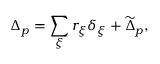
\Delta _ { p } = \sum _ { \xi } r _ { \xi } \delta _ { \xi } + \widetilde \Delta _ { p } ,